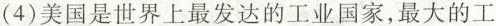
(4)美国是世界上最发达的工业国家，最大的工